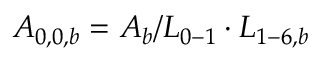
{ A _ { 0 , 0 , b } } = { A _ { b } } / { L _ { 0 - 1 } } \cdot { L _ { 1 - 6 , b } }